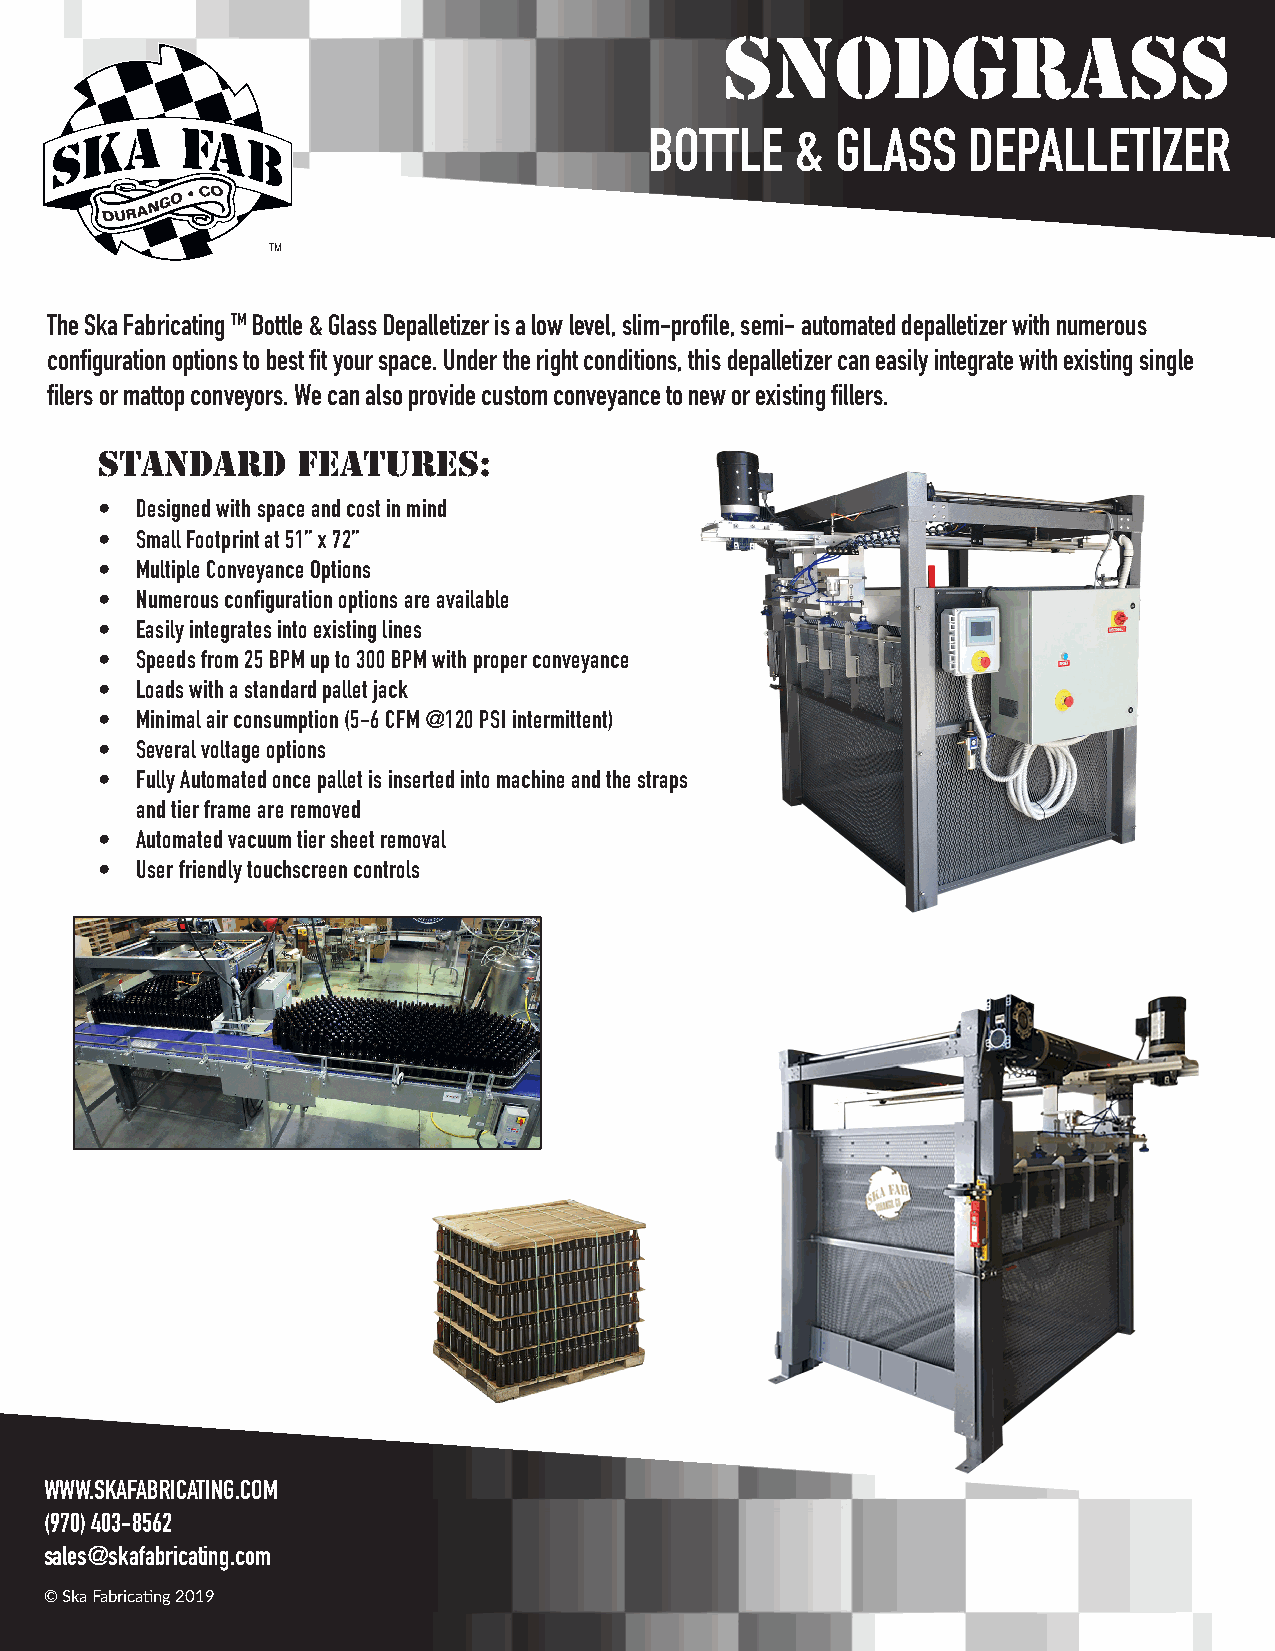
SNODGRASS
 BOTTLE    & GLASS    DEPALLETIZER
 The Ska Fabricating TM Bottle & Glass Depalletizer is a low level, slim-profile, semi- automated depalletizer with numerous
 configuration options to best fit your space. Under the right conditions, this depalletizer can easily integrate with existing single
 filers or mattop conveyors. We can also provide custom conveyance to new or existing fillers.
 STANDARD     FEATURES:
 • Designed with space and cost in mind
 • Small Footprint at 51” x 72”
 • Multiple Conveyance Options
 • Numerous configuration options are available
 • Easily integrates into existing lines
 • Speeds from 25 BPM up to 300 BPM with proper conveyance
 • Loads with a standard pallet jack
 • Minimal air consumption (5-6 CFM @120 PSI intermittent)
 • Several voltage options
 • Fully Automated once pallet is inserted into machine and the straps
 and tier frame are removed
 • Automated vacuum tier sheet removal
 • User friendly touchscreen controls
 WWW.SKAFABRICATING.COM
 (970) 403-8562
 sales@skafabricating.com
 © Ska Fabricating 2019